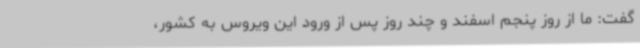
گفت: ما از روز پنجم اسفند و چند روز پس از ورود این ویروس به کشور،